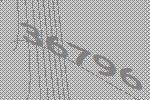
36796